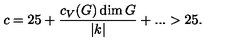
c = 2 5 + { \frac { c _ { V } ( G ) \dim G } { | k | } } + . . . > 2 5 .